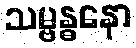
သမ္ဗန္ဓနော